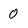
Character: 0